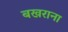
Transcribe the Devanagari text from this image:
बखराना